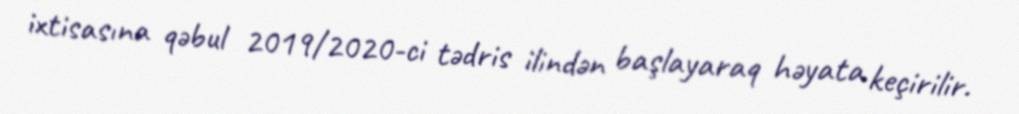
ixtisasına qəbul 2019/2020-ci tədris ilindən başlayaraq həyata keçirilir.